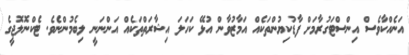
އަނެއްކާވެސް އިންސްޓަގުރާމަށް ފާޑުކިޔުންތަކެއް އަމާޒުވާން އުޅޭ ކަހަލަ އިޝާރަތްތަކެއް އަންނަނީ ލިބެމުންނެވެ. ޓެކްނޮލޮޖީގެ